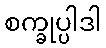
စက္ခုပ္ပါဒါ